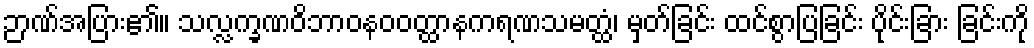
ဉာဏ်အပြား၏။ သလ္လက္ခဏဝိဘာဝနဝဝတ္ထာနကရဏသမတ္ထံ၊ မှတ်ခြင်း ထင်စွာပြခြင်း ပိုင်းခြား ခြင်းကို